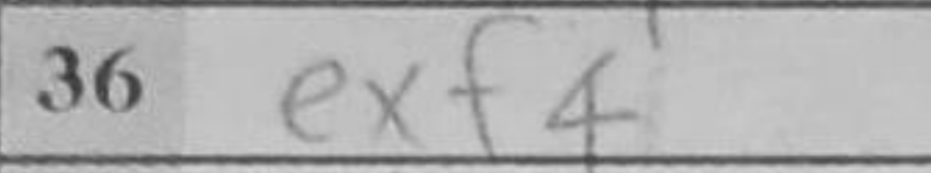
Transcription: exf4